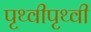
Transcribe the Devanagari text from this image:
पृथ्वीपृथ्वी